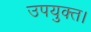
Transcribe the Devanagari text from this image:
उपयुक्त।